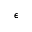
\epsilon